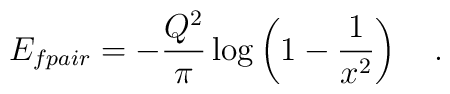
E_{fpair} = -\frac{Q^2}{\pi} \log\left(1-\frac{1}{x^2}\right)\quad.